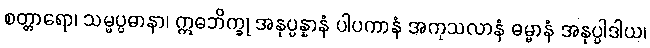
စတ္တာရော၊ သမ္မပ္ပဓာနာ၊ ဣဓဘိက္ခု အနုပ္ပန္နာနံ ပါပကာနံ အကုသလာနံ ဓမ္မာနံ အနုပ္ပါဒါယ၊